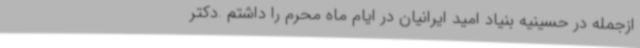
ازجمله در حسینیه بنیاد امید ایرانیان در ایام ماه محرم را داشتم .دکتر